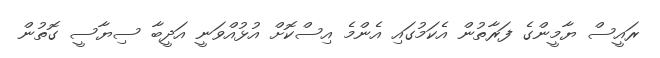
ރައީސް ޔާމީންގެ ފަރާތުން އެކަމުގައި އެންމެ އިސްކޮށް އުޅުއްވަނީ އަދީބާ ސިޔާސީ ގޮތުން